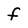
Character: f